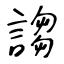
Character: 謅